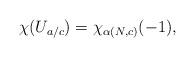
LaTeX: \begin{align*}\chi(U_{a/c})= \chi_{\alpha(N, c)}(-1),\end{align*}